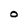
Character: 0